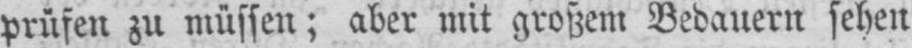
prüfen zu müssen; aber mit großem Bedauern sehen